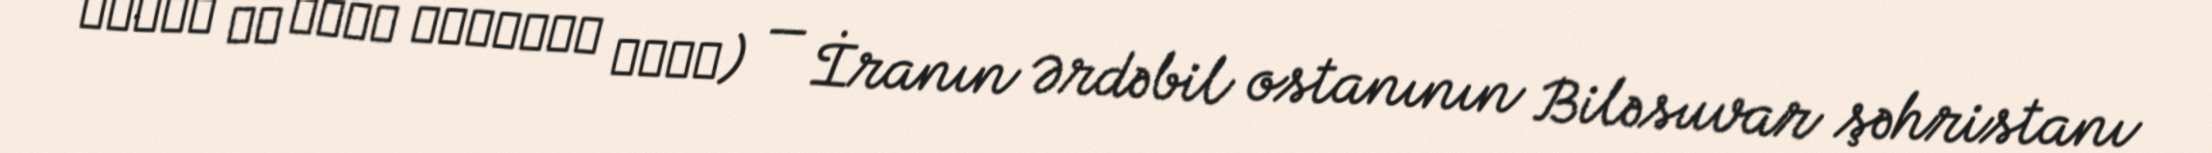
قشلاق یل اتان الهوردی دولت) — İranın Ərdəbil ostanının Biləsuvar şəhristanı